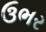
ઉભર